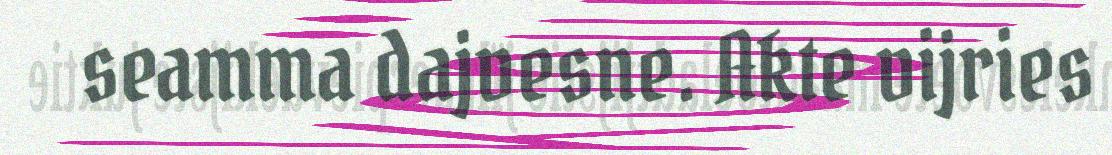
seamma dajvesne. Akte vijries